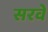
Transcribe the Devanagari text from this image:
सरवे